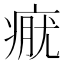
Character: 𤷊